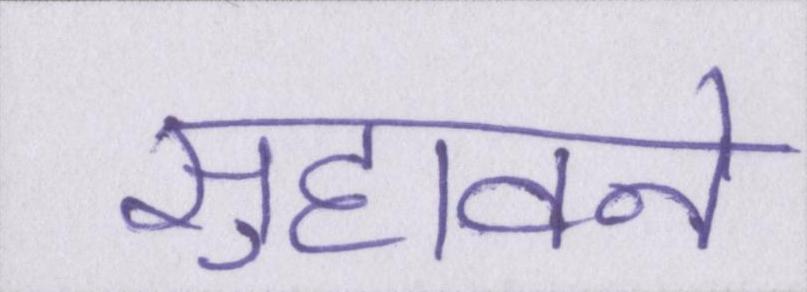
सुहावने